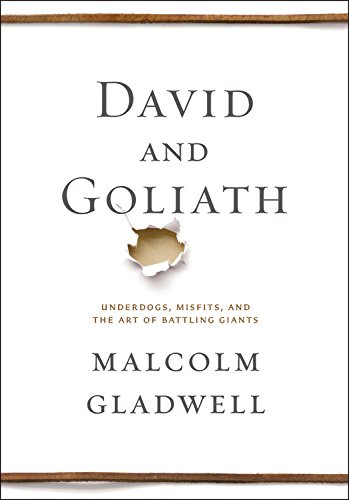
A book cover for David and Goliath: Underdogs, Misfits, and the Art of Battling Giants; Malcolm Gladwell; Health, Fitness & Dieting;